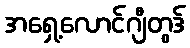
အရှေ့လောင်ဂျီတွဒ်